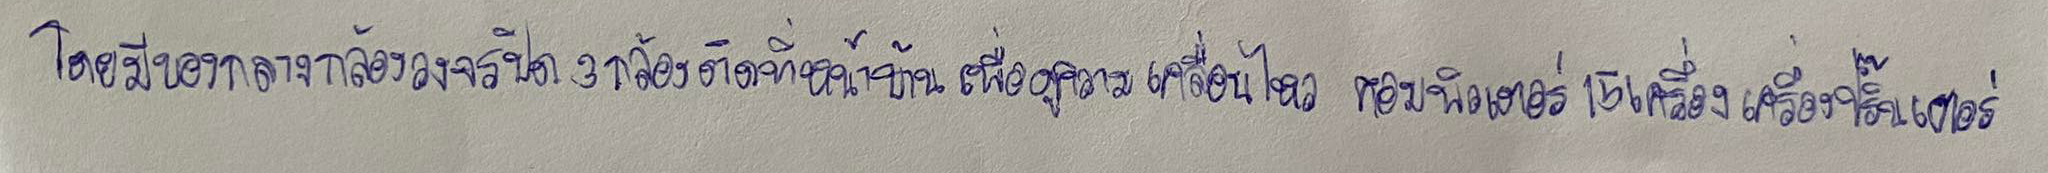
โดยมีของกลางกล้องวงจรปิด3กล้องติดที่หน้าบ้านเพื่อดูความเคลื่อนไหวคอมพิวเตอร์15เครื่องเครื่องปริ๊นเตอร์